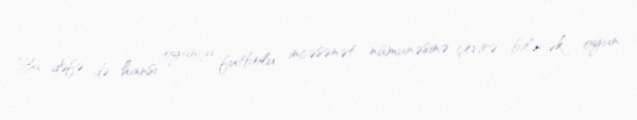
Bu dəfə də hansı oyunçu futbolu incəsənət nümunəsinə çevirə biləcək oyun